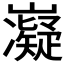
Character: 𭗰